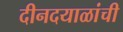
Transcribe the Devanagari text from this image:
दीनदयाळांची